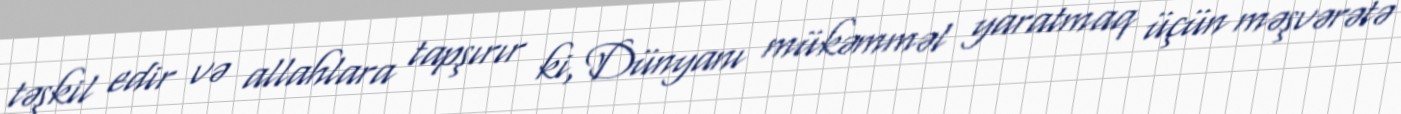
təşkil edir və allahlara tapşırır ki, Dünyanı mükəmməl yaratmaq üçün məşvərətə